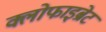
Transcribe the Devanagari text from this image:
क्लोफाइब्रेट